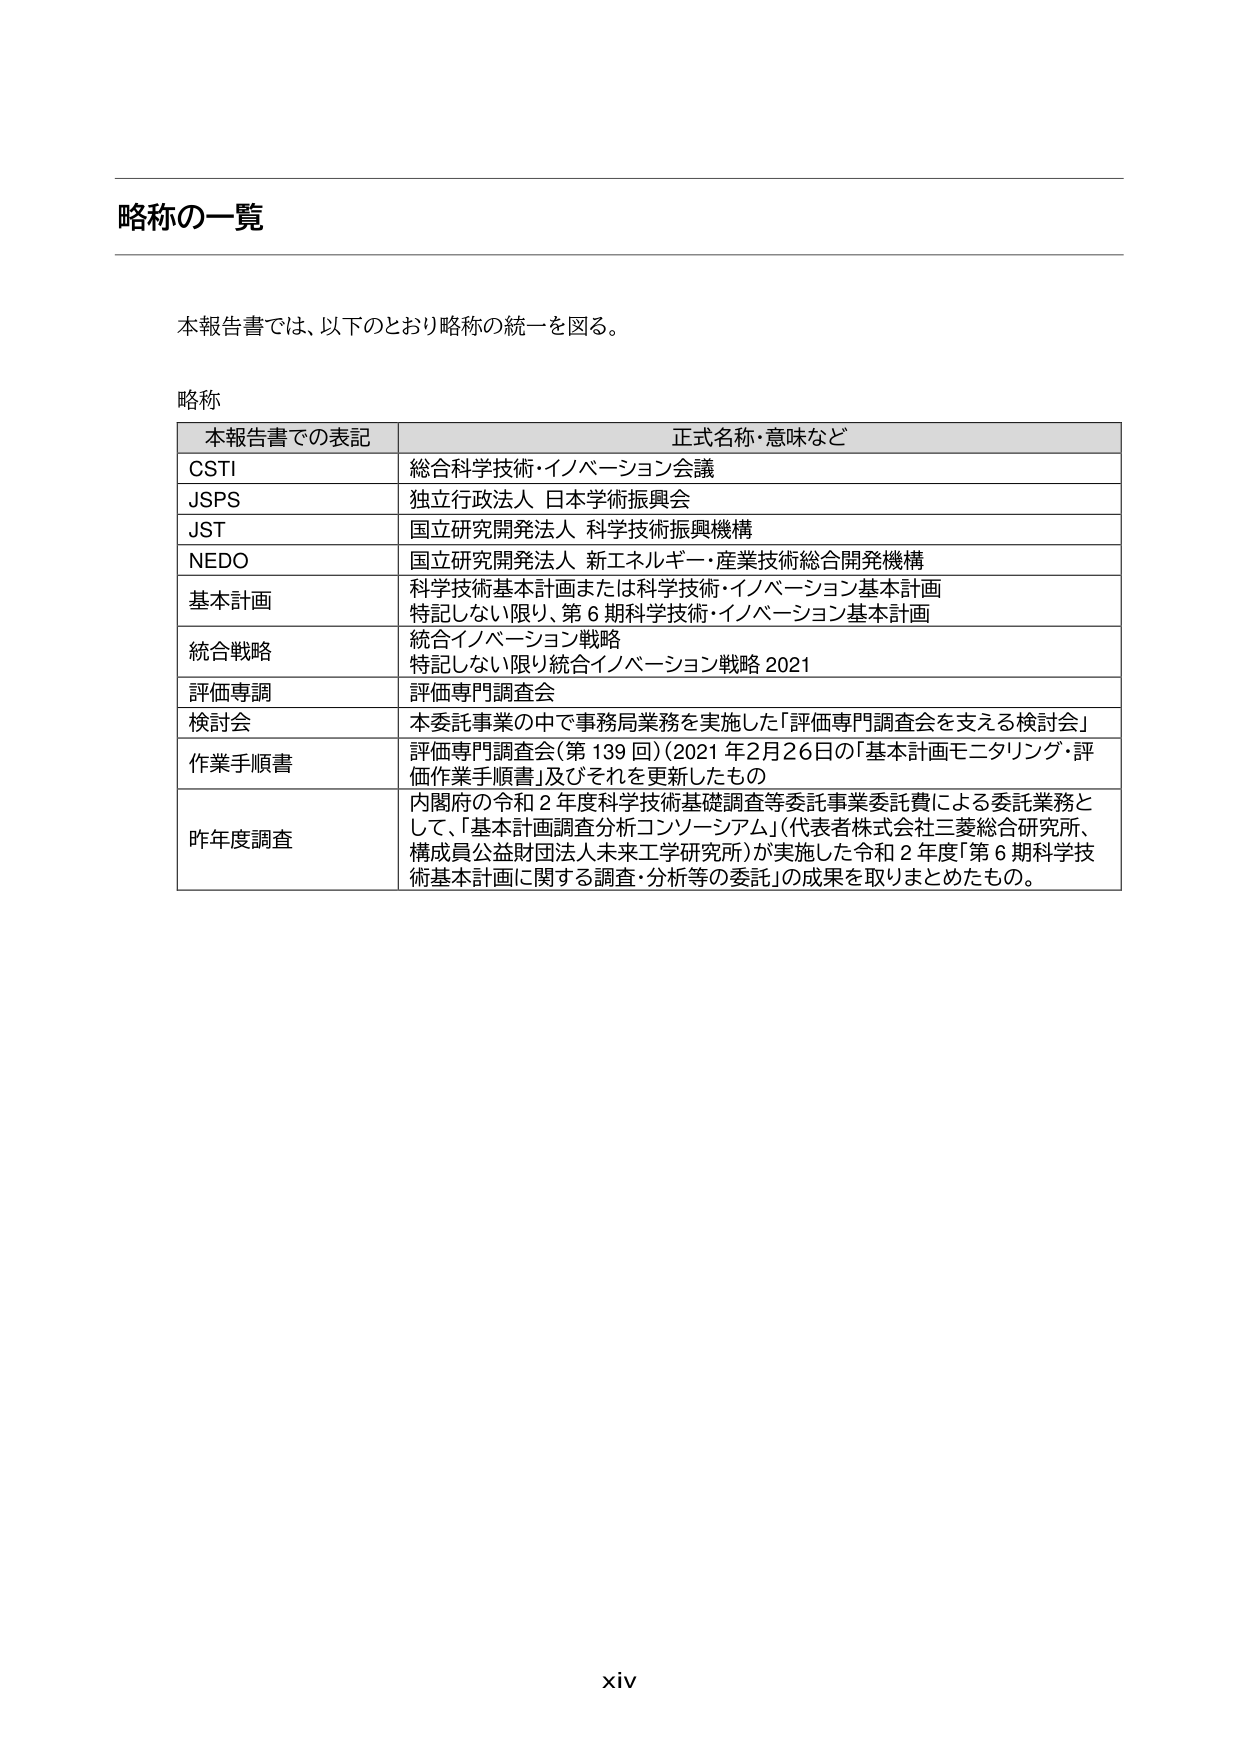
略称の一覧

本報告書では、以下のとおり略称の統一を図る。

略称

本報告書での表記 正式名称・意味など
CSTI 総合科学技術・イノベーション会議
JSPS 独立行政法人 日本学術振興会
JST 国立研究開発法人 科学技術振興機構
NEDO 国立研究開発法人 新エネルギー・産業技術総合開発機構
基本計画 科学技術基本計画または科学技術・イノベーション基本計画
特記しない限り、第６期科学技術・イノベーション基本計画
統合戦略 統合イノベーション戦略
特記しない限り統合イノベーション戦略 2021
評価専調 評価専門調査会
検討会 本委託事業の中で事務局業務を実施した「評価専門調査会を支える検討会」
作業手順書 評価専門調査会（第139回）（2021年2月26日の「基本計画モニタリング・評価作業手順書」及びそれを更新したもの
昨年度調査 内閣府の令和２年度科学技術基礎調査等委託事業委託費による委託業務として、「基本計画調査分析コンソーシアム」（代表者株式会社三菱総合研究所、構成員公益財団法人未来工学研究所）が実施した令和２年度「第６期科学技術基本計画に関する調査・分析等の委託」の成果を取りまとめたもの。

xiv